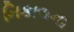
નિકાલના